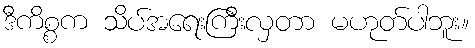
ဒီကိစ္စက သိပ်အရေးကြီးလှတာ မဟုတ်ပါဘူး။